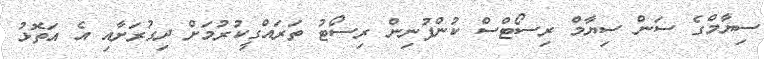
ސިޔާމްގެ ސަން ސިޔާމް ރިސޯޓްސް ކުންފުނިން ރިސޯޓު ތަރައްގީކުރުމަށް ދިގުރަށާއި އެ އަތޮޅު